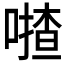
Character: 𠾵